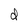
Character: d